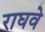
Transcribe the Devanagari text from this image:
राघवे